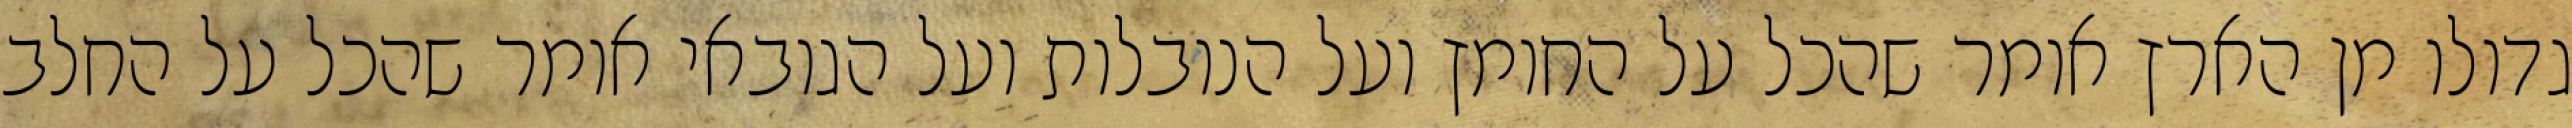
גדולו מן הארץ אומר שהכל על החומץ ועל הנובלות ועל הגובאי אומר שהכל על החלב